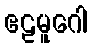
ဧဠမူဂေါ